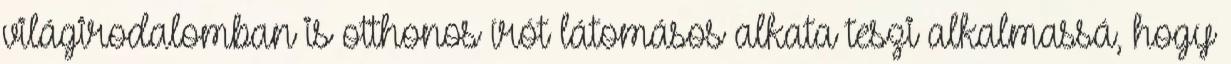
világirodalomban is otthonos írót látomásos alkata teszi alkalmassá, hogy